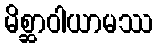
မိစ္ဆာဝါယာမဿ